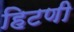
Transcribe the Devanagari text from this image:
हिटणी